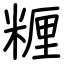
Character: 糎